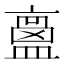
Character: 𥂶